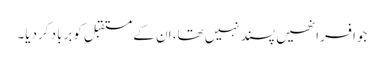
جوافسرانھیں پسندنہیں تھا، ان کے مستقبل کوبرباد کردیا۔